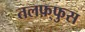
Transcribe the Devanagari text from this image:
तलफ़्फुस